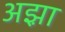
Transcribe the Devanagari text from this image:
अझ़ा